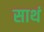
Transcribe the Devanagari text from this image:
साथं